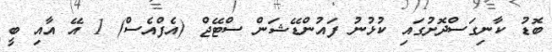
ބޮޑު ކާނިގަސްދޮށުގައި ކުޅުނު ފައުންޑޭޝަން ސްޓޭޖް (އެފްއެސް) 1 އޭ އާއި ބީ